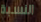
النسبة